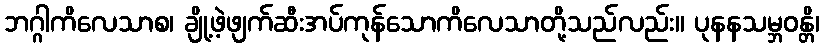
ဘဂ္ဂါကိလေသာစ၊ ချို့ဖဲ့ဖျက်ဆီးအပ်ကုန်သောကိလေသာတို့သည်လည်း။ ပုနနသမ္ဘဝန္တိ၊